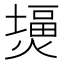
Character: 𤎪